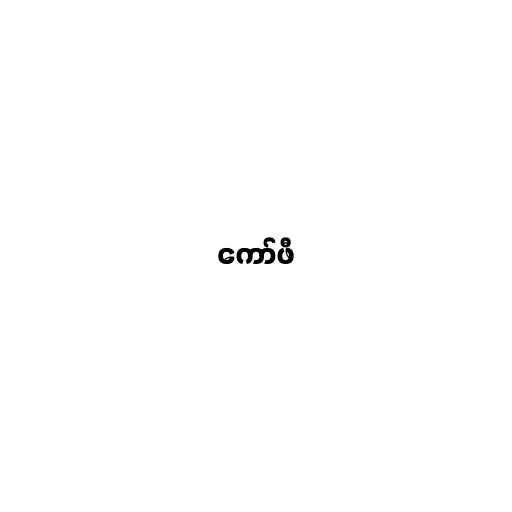
ကော်ဖီ